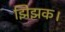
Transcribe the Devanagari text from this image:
झिझक।